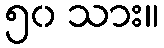
၅၀ သား။